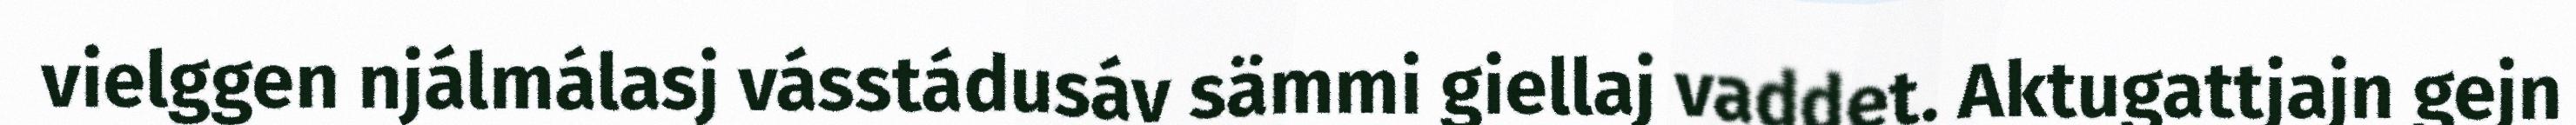
vielggen njálmálasj vásstádusáv sämmi giellaj vaddet. Aktugattjajn gejn